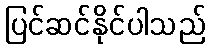
ပြင်ဆင်နိုင်ပါသည်